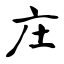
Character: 庄